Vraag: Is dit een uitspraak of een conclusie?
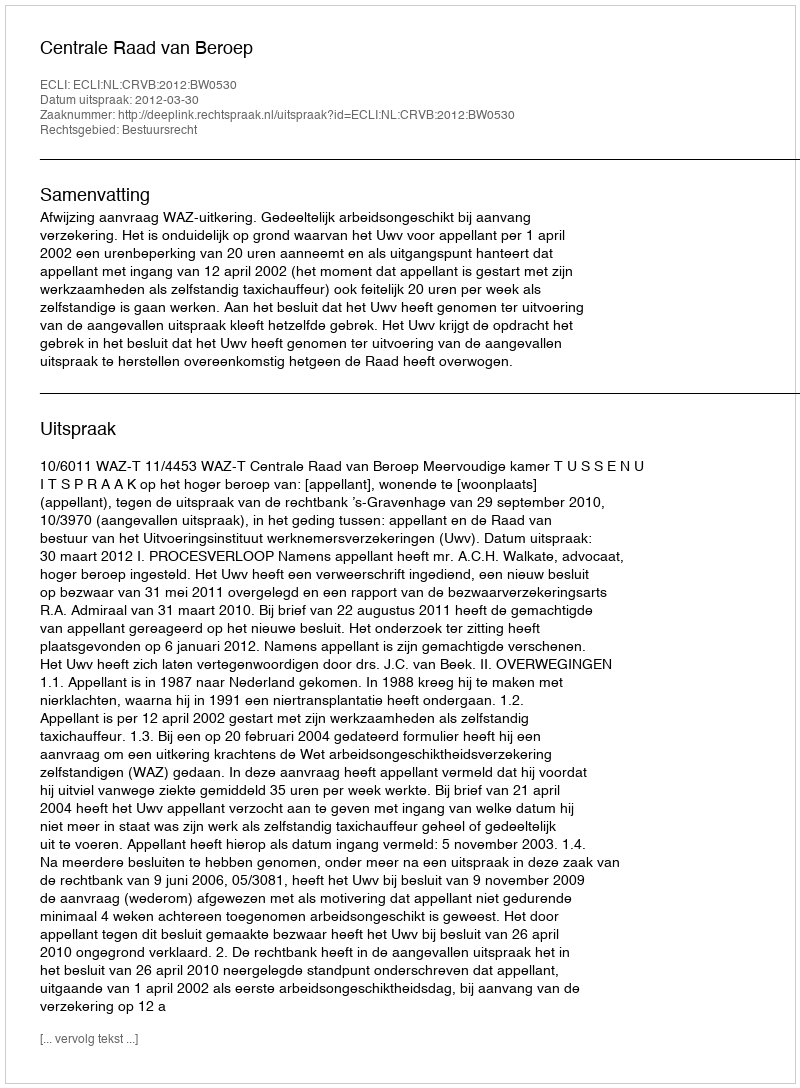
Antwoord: Uitspraak